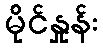
မိုင်နှုန်း